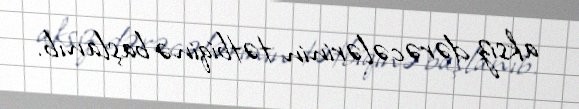
aksiz dərəcələrinin tətbiqinə başlanıb.